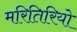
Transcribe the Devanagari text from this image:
मरितिरियो